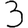
Digit: 3